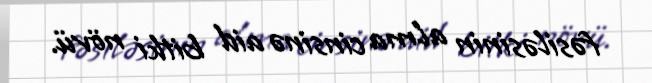
fəsiləsinin alma cinsinə aid bitki növü.